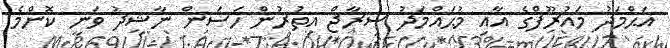
އަޙްމަދު މައުރޫފްގެ އާއި މުޙައްމަދު ސިރާޖް އިތުރުން ހަސަން ނާޝިދު ވަނީ ކޮންމެ